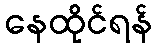
နေထိုင်ရန်